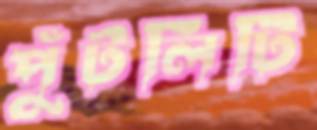
পুঁটলিটি